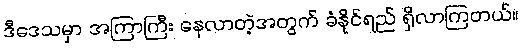
ဒီဒေသမှာ အကြာကြီး နေလာတဲ့အတွက် ခံနိုင်ရည် ရှိလာကြတယ်။